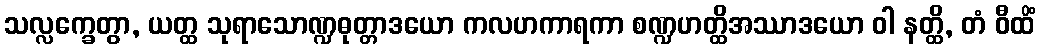
သလ္လက္ခေတွာ, ယတ္ထ သုရာသောဏ္ဍဓုတ္တာဒယော ကလဟကာရကာ စဏ္ဍဟတ္ထိအဿာဒယော ဝါ နတ္ထိ, တံ ဝီထိံ